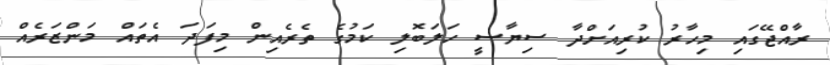
ރާއްޖޭގައި މިހާރު ކުރިއަށްދާ ސިޔާސީ ހަލަބޮލި ކަމުގެ ތެރެއިން މިފަދަ އެތައް މަންޒަރެއް